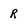
Character: R